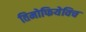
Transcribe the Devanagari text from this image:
तिमोफियेविच